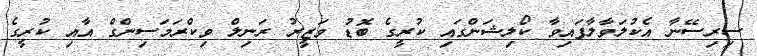
ސިރިސޭނާ އެކުލަވާލާފައިވާ ކޯލިޝަންގައި ކުރީގެ ބޮޑު ވަޒީރު ރަނިލް ވިކްރަމަސިންގް އާއި ކުރީގެ